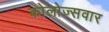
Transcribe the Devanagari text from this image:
कोलोज्सवार